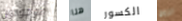
موجودون هنا الكسور الروح